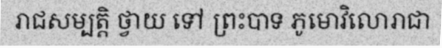
រាជសម្បត្តិ ថ្វាយ ទៅ ព្រះបាទ ភូមោវិលោរាជា